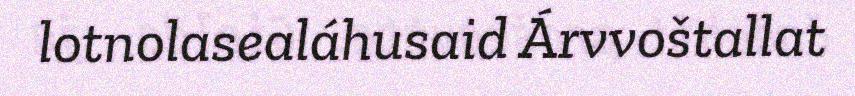
lotnolasealáhusaid Árvvoštallat